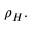
\rho _ { H } .